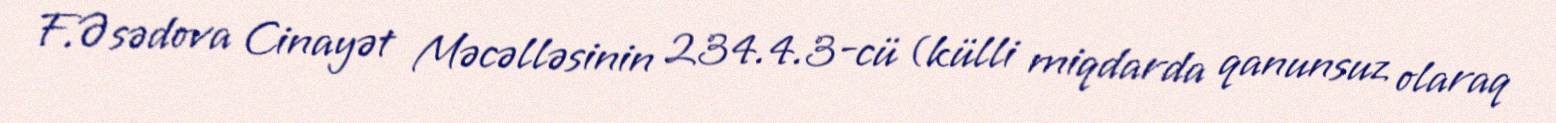
F.Əsədova Cinayət Məcəlləsinin 234.4.3-cü (külli miqdarda qanunsuz olaraq